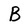
Character: B